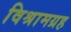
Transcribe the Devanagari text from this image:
विश्रामग्रह